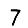
Digit: 7